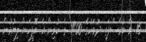
16 ވާ ބުރާސްފަތި ދުވަހުގެ 14:00 ގެ ކުރިން އެ އޮފީހަށް ލިޔުމުން